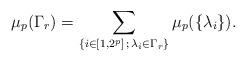
LaTeX: \begin{align*}\mu _{p}(\Gamma _{r})=\sum_{\{i\in[1,2^{p}]\,;\,\lambda _{i}\in \Gamma_{r}\}}\mu _{p}(\{\lambda _{i}\}).\end{align*}